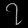
Digit: ၇